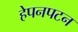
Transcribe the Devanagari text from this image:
हेपनपटन